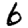
Digit: 6